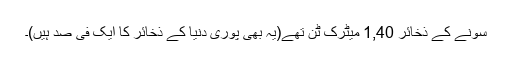
سونے کے ذخائر 1,40 میٹرک ٹن تھے(یہ بھی پوری دنیا کے ذخائر کا ایک فی صد ہیں)۔